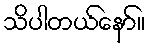
သိပါတယ်နော်။